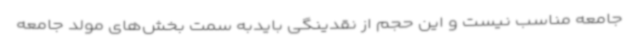
جامعه مناسب نیست و این حجم از نقدینگی بایدبه سمت بخش‌های مولد جامعه